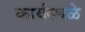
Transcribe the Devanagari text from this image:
कार्यस्थळे